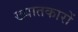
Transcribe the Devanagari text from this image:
ख्यातकारों